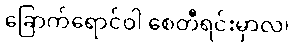
ခြောက်ရောင်ဝါ စေတီရင်းမှာလ၊